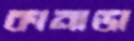
কানাডা